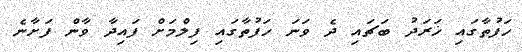
ހަފުތާގައި ޚަރަދު ބަޗައި ދެ ވަނަ ހަފުތާގައި ފިލްމަށް ފައިދާ ވާން ފަށާނެ